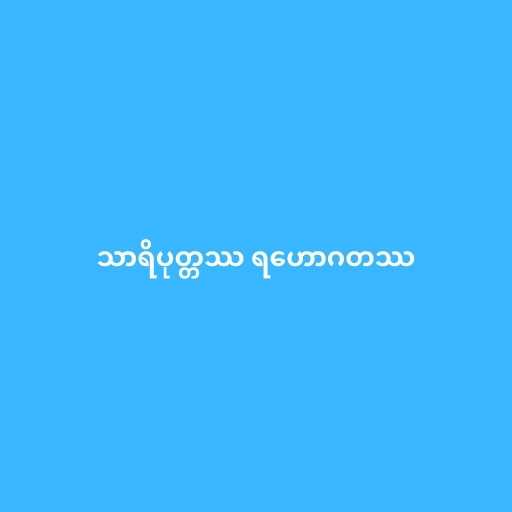
သာရိပုတ္တဿ ရဟောဂတဿ